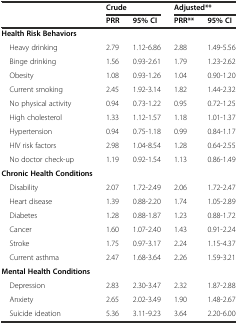
<table><thead><tr><td></td><td colspan="2"><b>Crude</b></td><td colspan="2"><b>Adjusted**</b></td></tr><tr><td></td><td><b>PRR</b></td><td><b>95% CI</b></td><td><b>PRR**</b></td><td><b>95% CI</b></td></tr></thead><tbody><tr><td><b>Health Risk Behaviors</b></td><td></td><td></td><td></td><td></td></tr><tr><td> Heavy drinking</td><td>2.79</td><td>1.12-6.86</td><td>2.88</td><td>1.49-5.56</td></tr><tr><td> Binge drinking</td><td>1.56</td><td>0.93-2.61</td><td>1.79</td><td>1.23-2.62</td></tr><tr><td> Obesity</td><td>1.08</td><td>0.93-1.26</td><td>1.04</td><td>0.90-1.20</td></tr><tr><td> Current smoking</td><td>2.45</td><td>1.92-3.14</td><td>1.82</td><td>1.44-2.32</td></tr><tr><td> No physical activity</td><td>0.94</td><td>0.73-1.22</td><td>0.95</td><td>0.72-1.25</td></tr><tr><td> High cholesterol</td><td>1.33</td><td>1.12-1.57</td><td>1.18</td><td>1.01-1.37</td></tr><tr><td> Hypertension</td><td>0.94</td><td>0.75-1.18</td><td>0.99</td><td>0.84-1.17</td></tr><tr><td> HIV risk factors</td><td>2.98</td><td>1.04-8.54</td><td>1.28</td><td>0.64-2.55</td></tr><tr><td> No doctor check-up</td><td>1.19</td><td>0.92-1.54</td><td>1.13</td><td>0.86-1.49</td></tr><tr><td><b>Chronic Health Conditions</b></td><td></td><td></td><td></td><td></td></tr><tr><td> Disability</td><td>2.07</td><td>1.72-2.49</td><td>2.06</td><td>1.72-2.47</td></tr><tr><td> Heart disease</td><td>1.39</td><td>0.88-2.20</td><td>1.74</td><td>1.05-2.89</td></tr><tr><td> Diabetes</td><td>1.28</td><td>0.88-1.87</td><td>1.23</td><td>0.88-1.72</td></tr><tr><td> Cancer</td><td>1.60</td><td>1.07-2.40</td><td>1.43</td><td>0.91-2.24</td></tr><tr><td> Stroke</td><td>1.75</td><td>0.97-3.17</td><td>2.24</td><td>1.15-4.37</td></tr><tr><td> Current asthma</td><td>2.47</td><td>1.68-3.64</td><td>2.26</td><td>1.59-3.21</td></tr><tr><td><b>Mental Health Conditions</b></td><td></td><td></td><td></td><td></td></tr><tr><td> Depression</td><td>2.83</td><td>2.30-3.47</td><td>2.32</td><td>1.87-2.88</td></tr><tr><td> Anxiety</td><td>2.65</td><td>2.02-3.49</td><td>1.90</td><td>1.48-2.67</td></tr><tr><td> Suicide ideation</td><td>5.36</td><td>3.11-9.23</td><td>3.64</td><td>2.20-6.00</td></tr></tbody></table>